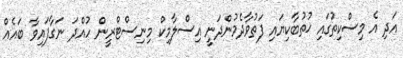
އަދި އެ މިސްކިތުގައި ޚުތުބާކިޔައި ފަތުވާދެމުންދަނީ އިސްލާމިކް މިނިސްޓްރީން ހުއްދަ ނަގާފައިވާ ބައެއް